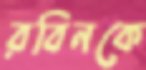
রবিনকে